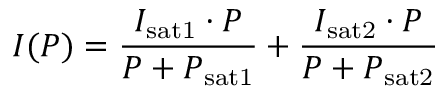
I ( P ) = \frac { I _ { \mathrm { s a t 1 } } \cdot P } { P + P _ { \mathrm { s a t 1 } } } + \frac { I _ { \mathrm { s a t 2 } } \cdot P } { P + P _ { \mathrm { s a t 2 } } }